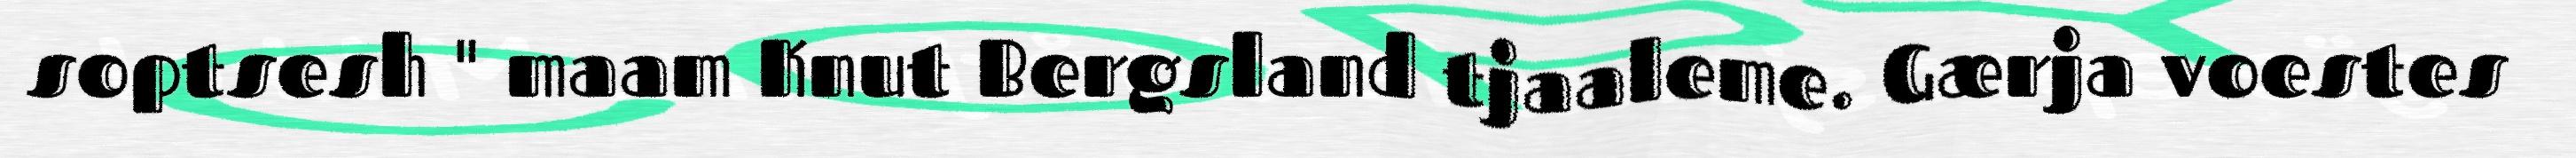
soptsesh " maam Knut Bergsland tjaaleme. Gærja voestes